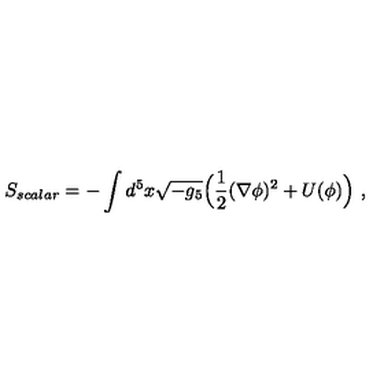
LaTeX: S _ { s c a l a r } = - \int d ^ { 5 } x \sqrt { - g _ { 5 } } \Big ( \frac { 1 } { 2 } ( \nabla \phi ) ^ { 2 } + U ( \phi ) \Big ) \ ,